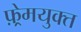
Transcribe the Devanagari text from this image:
फ़्रेमयुक्त